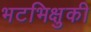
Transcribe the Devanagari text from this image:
भटभिक्षुकी